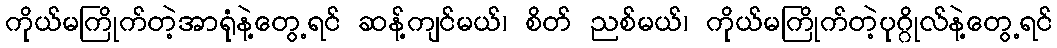
ကိုယ်မကြိုက်တဲ့အာရုံနဲ့တွေ့ရင် ဆန့်ကျင်မယ်၊ စိတ် ညစ်မယ်၊ ကိုယ်မကြိုက်တဲ့ပုဂ္ဂိုလ်နဲ့တွေ့ရင်